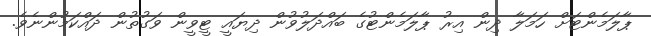
ޕާލަމެންޓަށް ހަމަލާ ދިން އިރު ޕާލަމެންޓުގެ ބައްދަލުވުން ދިޔައީ ޓީވީން ވަގުތުން ދައްކަމުންނެވެ.